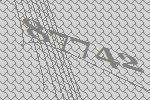
87742